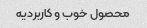
محصول خوب و کاربردیه